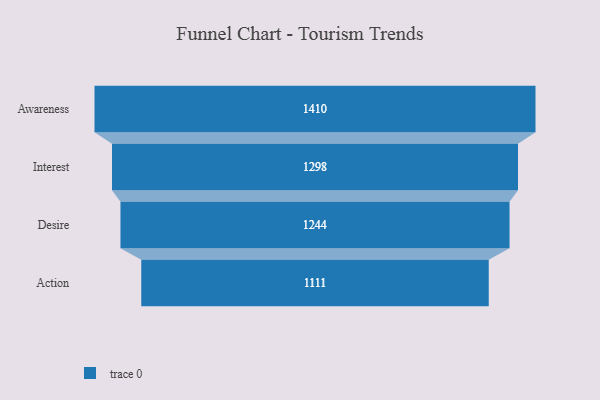
{"axis": {"x": "Stage", "y": "Value"}, "legend": [""], "data": [{"x": "Awareness", "y": 1410.0, "type": ""}, {"x": "Interest", "y": 1298.0, "type": ""}, {"x": "Desire", "y": 1244.0, "type": ""}, {"x": "Action", "y": 1111.0, "type": ""}]}